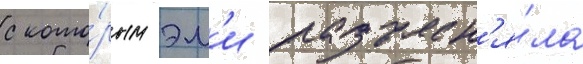
с кото́рым эм'и разъясн'я́ла